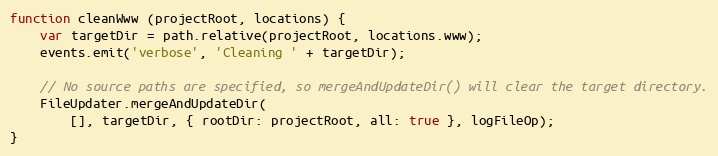
Language: JavaScript
function cleanWww (projectRoot, locations) {
    var targetDir = path.relative(projectRoot, locations.www);
    events.emit('verbose', 'Cleaning ' + targetDir);

    // No source paths are specified, so mergeAndUpdateDir() will clear the target directory.
    FileUpdater.mergeAndUpdateDir(
        [], targetDir, { rootDir: projectRoot, all: true }, logFileOp);
}